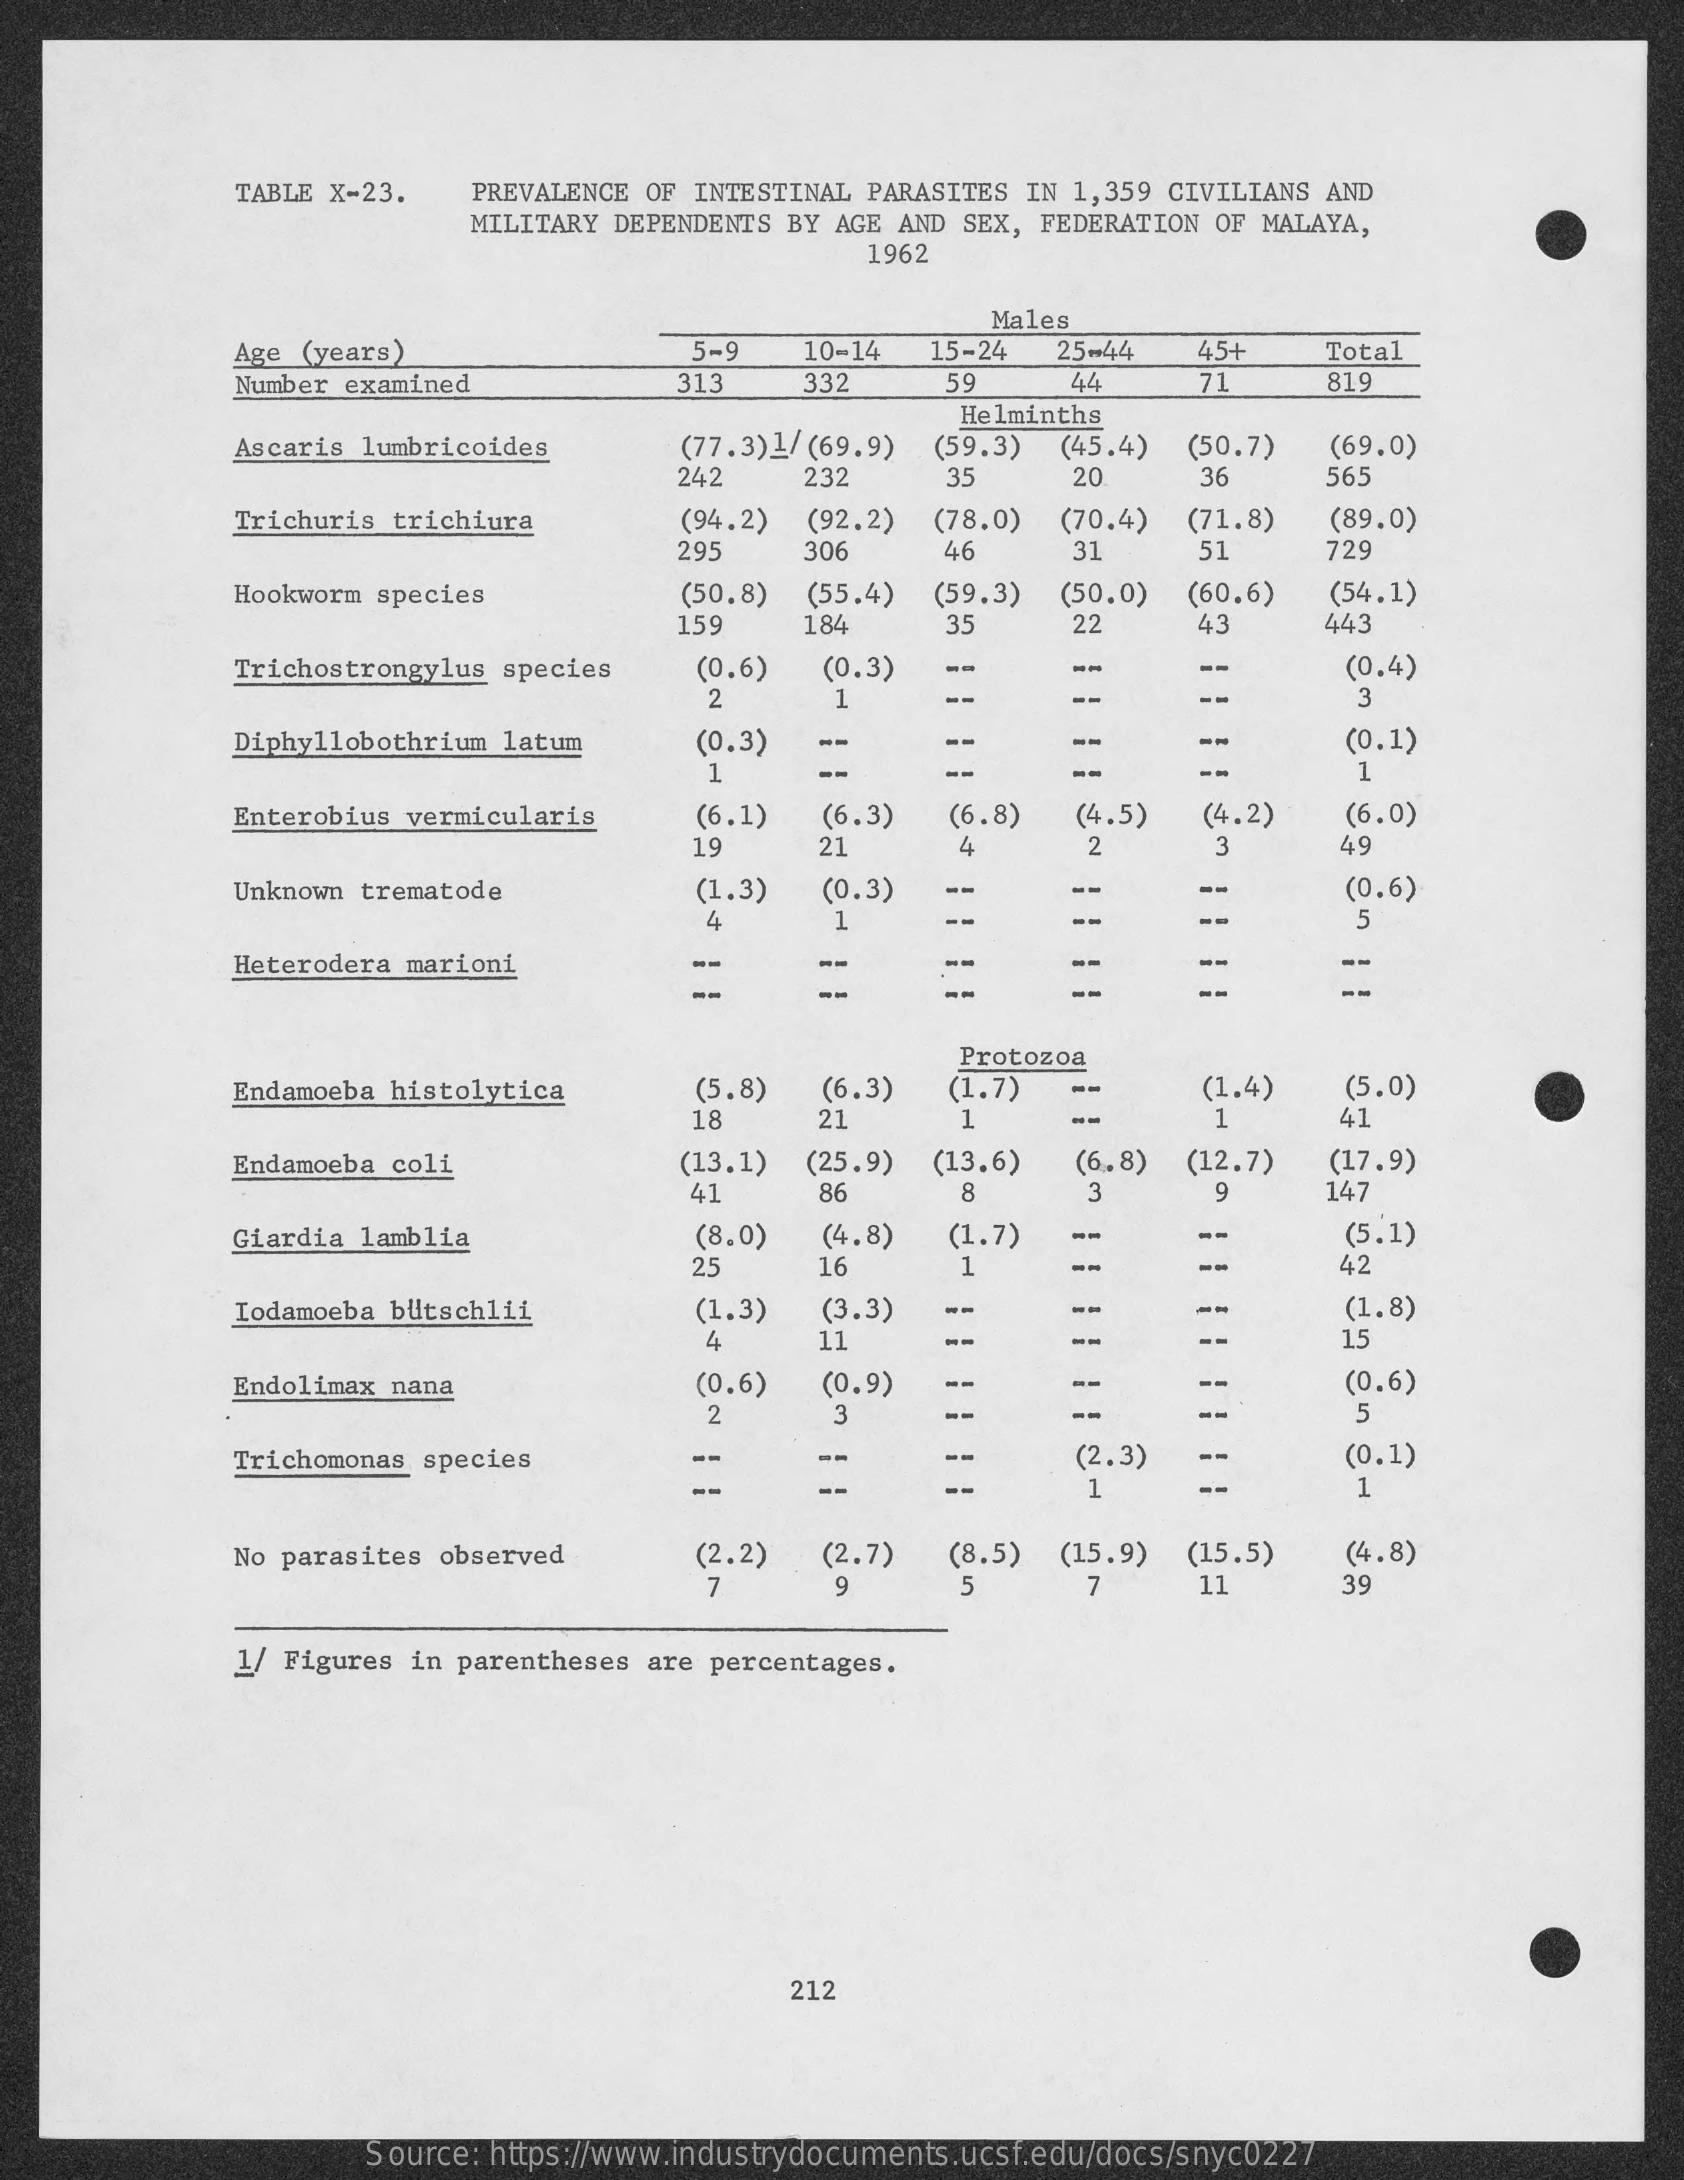
TABLE X-23. PREVALENCE OF INTESTINAL PARASITES IN 1,359 CIVILIANS AND
     MILITARY DEPENDENTS BY AGE AND SEX, FEDERATION OF MALAYA,
     1962
     Males
     Age (years)    5-9   10-14 15-24  25-44   45+   Total
     Number examined    313    332    59    44    71    819
     Helminths
     Ascaris lumbricoides   (77.3)1/ (69.9)    (45.4) (50.7)  (69.0)
     242
     (59.3)
     232    35    20    36    565
     Trichuris trichiura    (94.2) (92.2) (78.0) (70.4) (71.8) (89.0)
     295    306    46    31    51    729
     Hookworm species    (50.8) (55.4) (59.3) (50.0) (60.6) (54.1)
     159    184    35    22    43    443
     Trichostrongylus species (0.6) (0.3)
     2    1
     --    (0.4)
     3
     Diphyllobothrium latum  (0.3) --    --    --    --    (0.1)
     1    --    --    1
     Enterobius vermicularis (6.1)  (6.3) (6.8)  (4.5)  (4.2)  (6.0)
     19    21    4    2    3    49
     Unknown trematode    (1.3)  (0.3) --    --    (0.6)
     4    1    5
     Heterodera marioni    --    --    --    --    --    --
     --    --
     Protozoa
     Endamoeba histolytica   (5.8)  (6.3) (1.7)    (1.4)  (5.0)
     18    21    1    1    41
     Endamoeba coli    (13.1) (25.9) (13.6) (6,8) (12.7) (17.9)
     41    86    8    3    9    147
     Giardia lamblia    (8.0)  (4.8) (1.7)    (5.1)
     25    16    1    --    --    42
     Iodamoeba bUtschlii    (1.3)  (3.3)    --    --    (1.8)
     4    11    --    --    15
     Endolimax nana    (0.6)  (0.9) --    (0.6)
     2    3    5
     Trichomonas species    --    --    (2,3) --    (0.1)
     --    --    --    1    1
     No parasites observed    (2.2)  (2.7) (8.5) (15.9) (15.5)  (4.8)
     9    5    7    11    39
     1/ Figures in parentheses are percentages.
     212
     Source: https://www.industrydocuments.ucsf.edu/docs/snyc0227